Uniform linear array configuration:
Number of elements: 16
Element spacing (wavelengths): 0.25
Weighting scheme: cosine
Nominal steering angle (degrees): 30
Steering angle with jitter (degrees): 30.563
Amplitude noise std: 0.05
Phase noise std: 0.05

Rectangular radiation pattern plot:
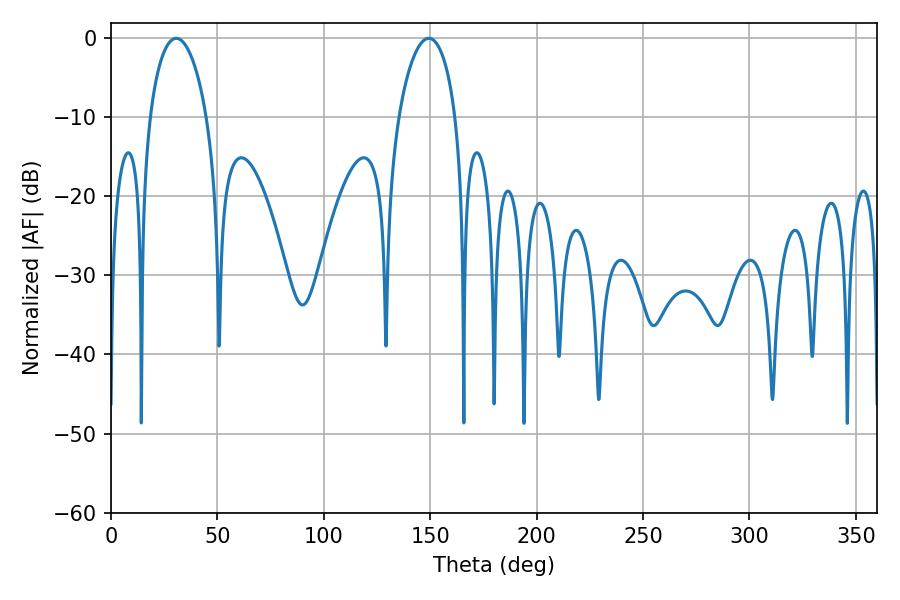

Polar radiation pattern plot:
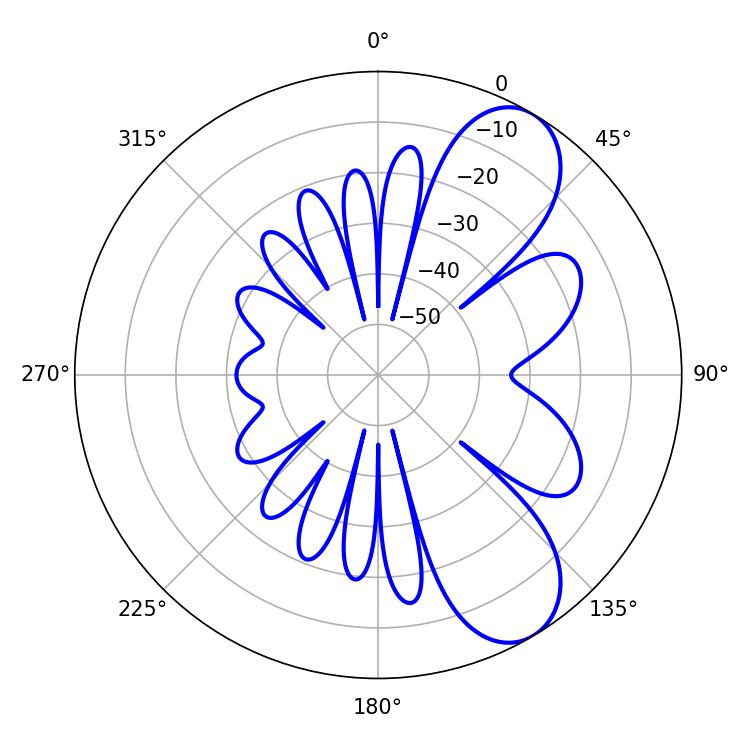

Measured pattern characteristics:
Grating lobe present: FALSE
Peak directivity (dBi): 8.258
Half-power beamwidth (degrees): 15.12
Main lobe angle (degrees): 30.6